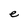
Character: e